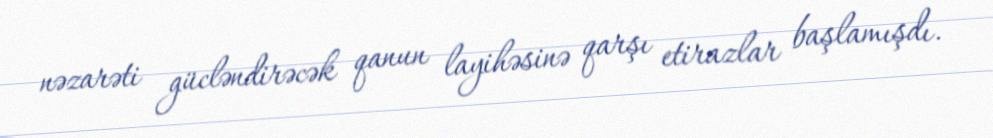
nəzarəti gücləndirəcək qanun layihəsinə qarşı etirazlar başlamışdı.